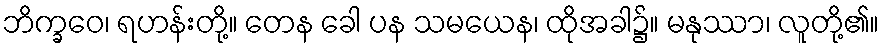
ဘိက္ခဝေ၊ ရဟန်းတို့။ တေန ခေါ ပန သမယေန၊ ထိုအခါ၌။ မနုဿာ၊ လူတို့၏။